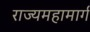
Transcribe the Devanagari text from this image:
राज्यमहामार्ग